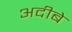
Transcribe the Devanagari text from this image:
अदीबे